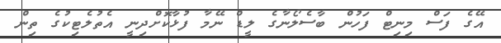
އޭގެ ފަސް މިނިޓް ފަހުން ބާސެލޯނާގެ ލީޑް ނޭމާ ފުޅާކޮށްދިނީ އެތުލެޓިކުގެ ތިން